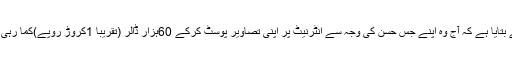
میل آن لائن کے مطابق فلوریڈا کی 29سالہ سٹیفنی ولاگومیز نامی اس لڑکی نے بتایا ہے کہ آج وہ اپنے جس حسن کی وجہ سے انٹرنیٹ پر اپنی تصاویر پوسٹ کرکے 60ہزار ڈالر (تقریباً 1کروڑ روپے)کما رہی ہے، ماضی میں اسی حسن کی وجہ سے اسے کئی نوکریاں چھوڑنی پڑی تھیں۔